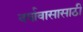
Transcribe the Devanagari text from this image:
वर्षावासासाठी